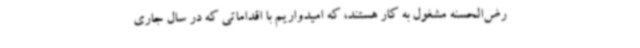
رض‌الحسنه مشغول به کار هستند، که امیدواریم با اقداماتی که در سال جاری